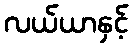
လယ်ယာနှင့်